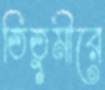
তিতুমীরে